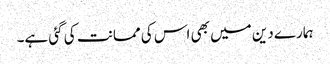
ہمارے دین میں بھی اس کی ممانت کی گئی ہے۔